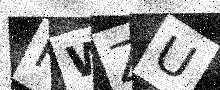
Text: FWZU